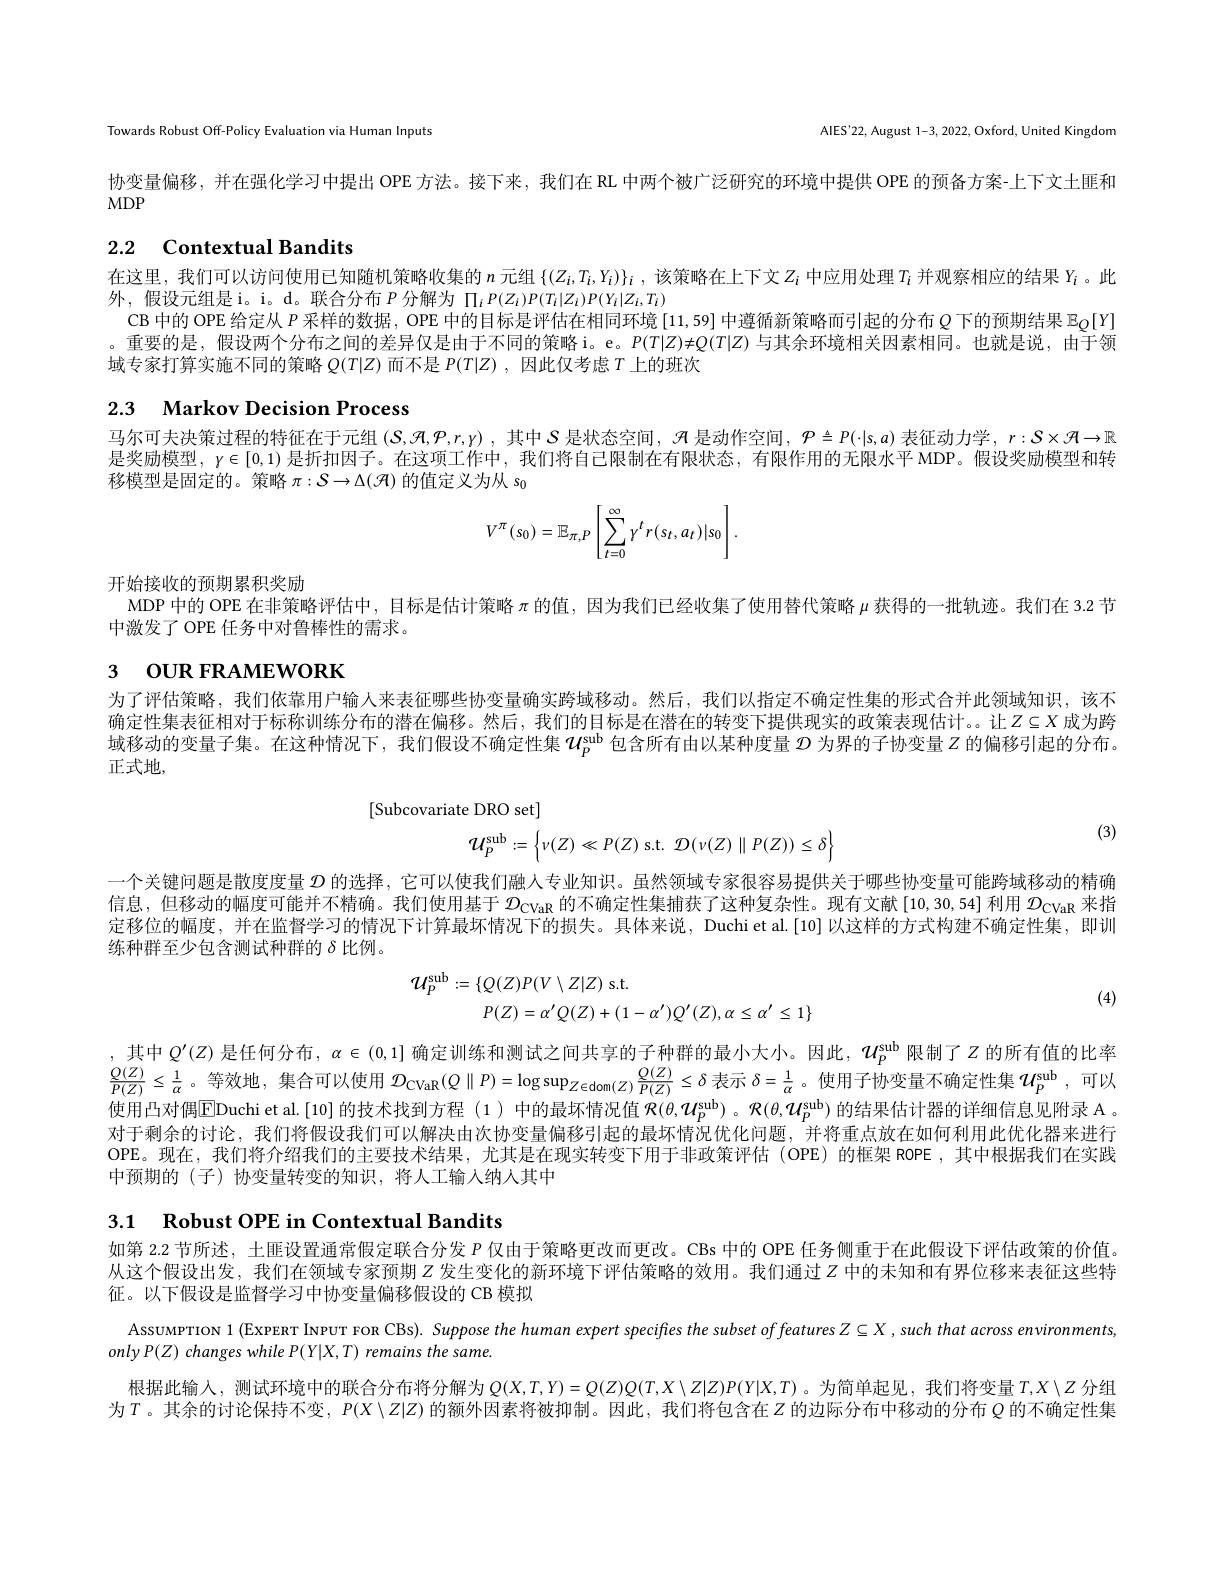
Towards Robust Off-Policy Evaluation via Human Inputs

AlES'22, August 1-3, 2022, Oxford, United Kingdom

协变量偏移，并在强化学习中提出 OPE 方法。接下来，我们在 RL 中两个被广泛研究的环境中提供 OPE 的预备方案-上下文土匪和
MDP

# 2.2 Contextual Bandits

在这里，我们可以访问使用已知随机策略收集的$n$元组$\{(Z_i,T_i,Y_i)\}_i$ ,该策略在上下文$Z_i$中应用处理$T_i$并观察相应的结果$Y_i$ 。此
外，假设元组是 i。i。d。联合分布$P$分解为$\Pi_iP(Z_i)P(T_i|Z_i)P(Y_i|Z_i,T_i)$
CB 中的 OPE 给定从$P$采样的数据，OPE 中的目标是评估在相同环境 [11,59] 中遵循新策略而引起的分布$Q$下的预期结果$\mathbb{E}_{Q}[Y]$ 。重要的是，假设两个分布之间的差异仅是由于不同的策略 i。e。$P(T|Z)\neq Q(T|Z)$与其余环境相关因素相同。也就是说，由于领域专家打算实施不同的策略$Q(T|Z)$而不是$P(T|Z)$,因此仅考虑$T$上的班次

## 2.3 $\textbf{Markov Decision Process}$

马尔可夫决策过程的特征在于元组$(S,\mathcal{R},\mathcal{P},r,y)$ ,其中$S$是状态空间，$\mathcal{H}$是动作空间$,\mathcal{P}\triangleq P(\cdot|\mathfrak{s},a)$表征动力学 , $r:S\times\mathcal{H}\to\mathbb{R}$ 是奖励模型，$\gamma\in[0,1)$是折扣因子。在这项工作中，我们将自己限制在有限状态，有限作用的无限水平 MDP。假设奖励模型和转移模型是固定的。策略$\pi:\mathcal{S}\to\Delta(\mathcal{H})$的值定义为从 so
$$V^{\pi}\left(s_{0}\right)=\mathbb{E}_{\pi,P}\left[\sum_{t=0}^{\infty}\gamma^{t}r(s_{t},a_{t})|s_{0}\right].$$
开始接收的预期累积奖励
MDP 中的 OPE 在非策略评估中，目标是估计策略$\pi$的值，因为我们已经收集了使用替代策略$\mu$获得的一批轨迹。我们在 3.2 节

中激发了 OPE 任务中对鲁棒性的需求。
3 оUR FRAMEWORK

为了评估策略，我们依靠用户输人来表征哪些协变量确实跨域移动。然后，我们以指定不确定性集的形式合并此领域知识，该不确定性集表征相对于标称训练分布的潜在偏移。然后，我们的目标是在潜在的转变下提供现实的政策表现估计。。让$Z\subseteq X$ 成为跨域移动的变量子集。在这种情况下，我们假设不确定性集$\mathcal{U}_p^\mathrm{sub}$包含所有由以某种度量 $\mathcal{D}$ 为界的子协变量 $Z$ 的偏移引起的分布。正式地，

(3)

[Subcovariate DRO set]
$$\mathcal{U}_P^{\mathrm{sub}}:=\left\{v(Z)\ll P(Z)\:\mathrm{s.t.}\:\mathcal{D}(v(Z)\parallel P(Z))\leq\delta\right\}$$
一个关键问题是散度度量$\mathcal{D}$的选择，它可以使我们融人专业知识。虽然领域专家很容易提供关于哪些协变量可能跨域移动的精确信息，但移动的幅度可能并不精确。我们使用基于$\mathcal{D}_\mathrm{CVaR}$的不确定性集捕获了这种复杂性。现有文献[10,30,54] 利用$\mathcal{D}_\mathrm{CVaR}$来指定移位的幅度，并在监督学习的情况下计算最坏情况下的损失。具体来说，Duchi et al.[10] 以这样的方式构建不确定性集，即训练种群至少包含测试种群的$\delta$比例。
$$\begin{aligned}\mathcal{U}_{P}^{\mathrm{sub}}&:=\{Q(Z)P(V\setminus Z|Z)\:\mathrm{s.t.}\\P(Z)&=\alpha'Q(Z)+(1-\alpha')Q'(Z),\alpha\leq\alpha'\leq1\}\end{aligned}$$
(4)

,其中$Q^\prime(Z)$ 是任何分布，$\alpha\in(0,1]$ 确定训练和测试之间共享的子种群的最小大小。因此，$\mathcal{U}_p^\mathrm{sub}$ 限制了$z$ 的所有值的比率$\frac{Q(Z)}{P(Z)}\leq\frac1\alpha$。等效地，集合可以使用$\mathcal{D} _\mathrm{CVaR}( \mathbb{Q} \parallel P) = \log \sup _{Z\in \mathrm{dom}( Z) }\frac {Q( Z) }{P( Z) }\leq \delta$表示$\delta=\frac1\alpha$ 。使用子协变量不确定性集$u_p^\mathrm{sub}$,可以使用凸对偶EDuchiet al.[10]的技术找到方程(1)中的最坏情况值$\mathcal{R} ( \theta , \mathcal{U} _P^\mathrm{sub})$。$\mathcal{R} ( \theta , \mathcal{U} _P^\mathrm{sub})$ 的结果估计器的详细信息见附录 A 。对于剩余的讨论，我们将假设我们可以解决由次协变量偏移引起的最坏情况优化问题，并将重点放在如何利用此优化器来进行OPE。现在，我们将介绍我们的主要技术结果，尤其是在现实转变下用于非政策评估(OPE)的框架 ROPE,其中根据我们在实践中预期的(子)协变量转变的知识，将人工输入纳人其中

3.1 $\textbf{Robust OPE in Contextual Bandits}$

如第 2.2 节所述，土匪设置通常假定联合分发$P$仅由于策略更改而更改。CBs 中的 OPE 任务侧重于在此假设下评估政策的价值。从这个假设出发，我们在领域专家预期$Z$ 发生变化的新环境下评估策略的效用。我们通过$Z$中的未知和有界位移来表征这些特征。以下假设是监督学习中协变量偏移假设的 CB 模拟

AssuMPTION 1 (Expenr INPUT FOR CBs). Suppose the human expert specijfies the subset offeatures $Z\subseteq X$ , such that across environments,
only P(Z) changes while P(Y|X,T) remains the same
根据此输人，测试环境中的联合分布将分解为$Q(X,T,Y)=Q(Z)Q(T,X\setminus Z|Z)P(Y|X,T)$ 。为简单起见，我们将变量$T,X\backslash Z$分组为$T$。其余的讨论保持不变，$P(X\setminus Z|Z)$ 的额外因素将被抑制。因此，我们将包含在$Z$ 的边际分布中移动的分布$Q$ 的不确定性集